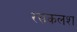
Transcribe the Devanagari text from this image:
रसकलश